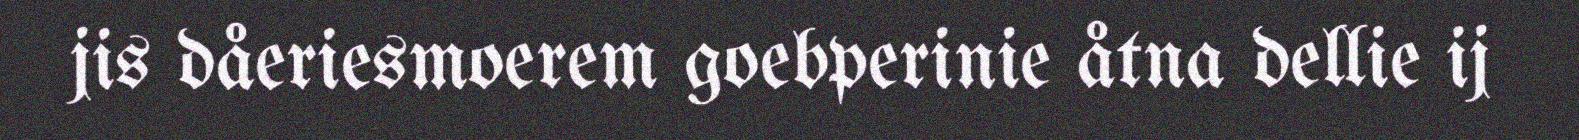
jis dåeriesmoerem goebperinie åtna dellie ij